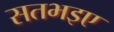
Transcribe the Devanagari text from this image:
सतभइए